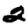
Digit: 2